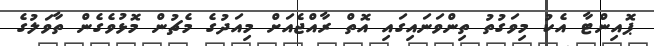
ޕޮއިންޓާ އެކު މިވަގުތު ތިންވަނައިގައި އޮތް ރާއްޖެއަށް މިއަދުގެ މެޗުން މޮޅުވެގެން ތާވަލުގެ